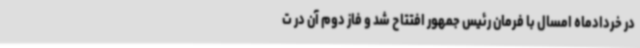
در خردادماه امسال با فرمان رئیس جمهور افتتاح شد و فاز دوم آن در ت